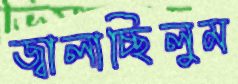
জ্বালাচ্ছিলুম